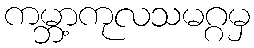
ကမ္ဘာ့ကုလသမဂ္ဂမှ